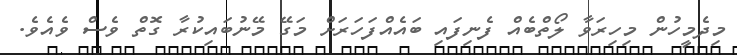
މިދެމީހުން މިހިރަވާ ލޯތްބެއް ފެނިފައި ބައެއްފަހަރަށް މަގޭ މޭނުބައިކުރާ ގޮތް ވެސް ވެއެވެ.